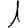
Digit: 1